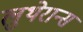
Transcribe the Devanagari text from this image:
लुथेरान्स